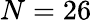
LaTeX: N=26